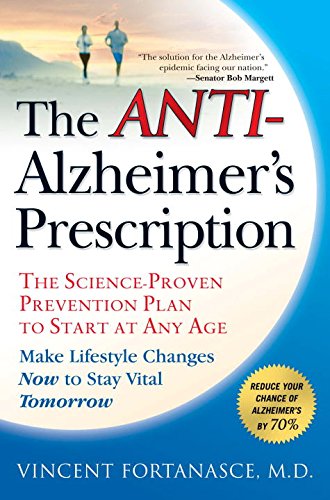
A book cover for The Anti-Alzheimer's Prescription: The Science-Proven Prevention Plan to Start at Any Age; Vincent Fortanasce; Health, Fitness & Dieting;